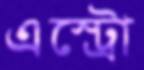
এস্ট্রো